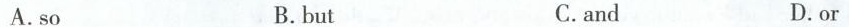
A.so B. but C.and D.or